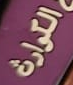
الكوارث